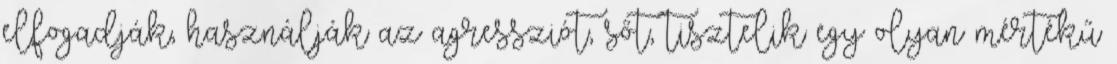
elfogadják, használják az agressziót, sőt, tisztelik egy olyan mértékű